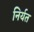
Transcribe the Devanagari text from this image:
निर्यत